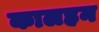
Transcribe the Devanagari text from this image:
कालहन